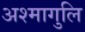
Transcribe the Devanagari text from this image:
अश्मागुलि